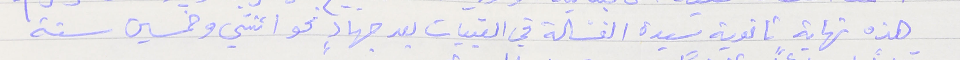
هذه نهاية ثانوية سيدة الغسّالة في القبيات بعد جهادٍ نحو اثنتي وخمسين سنة